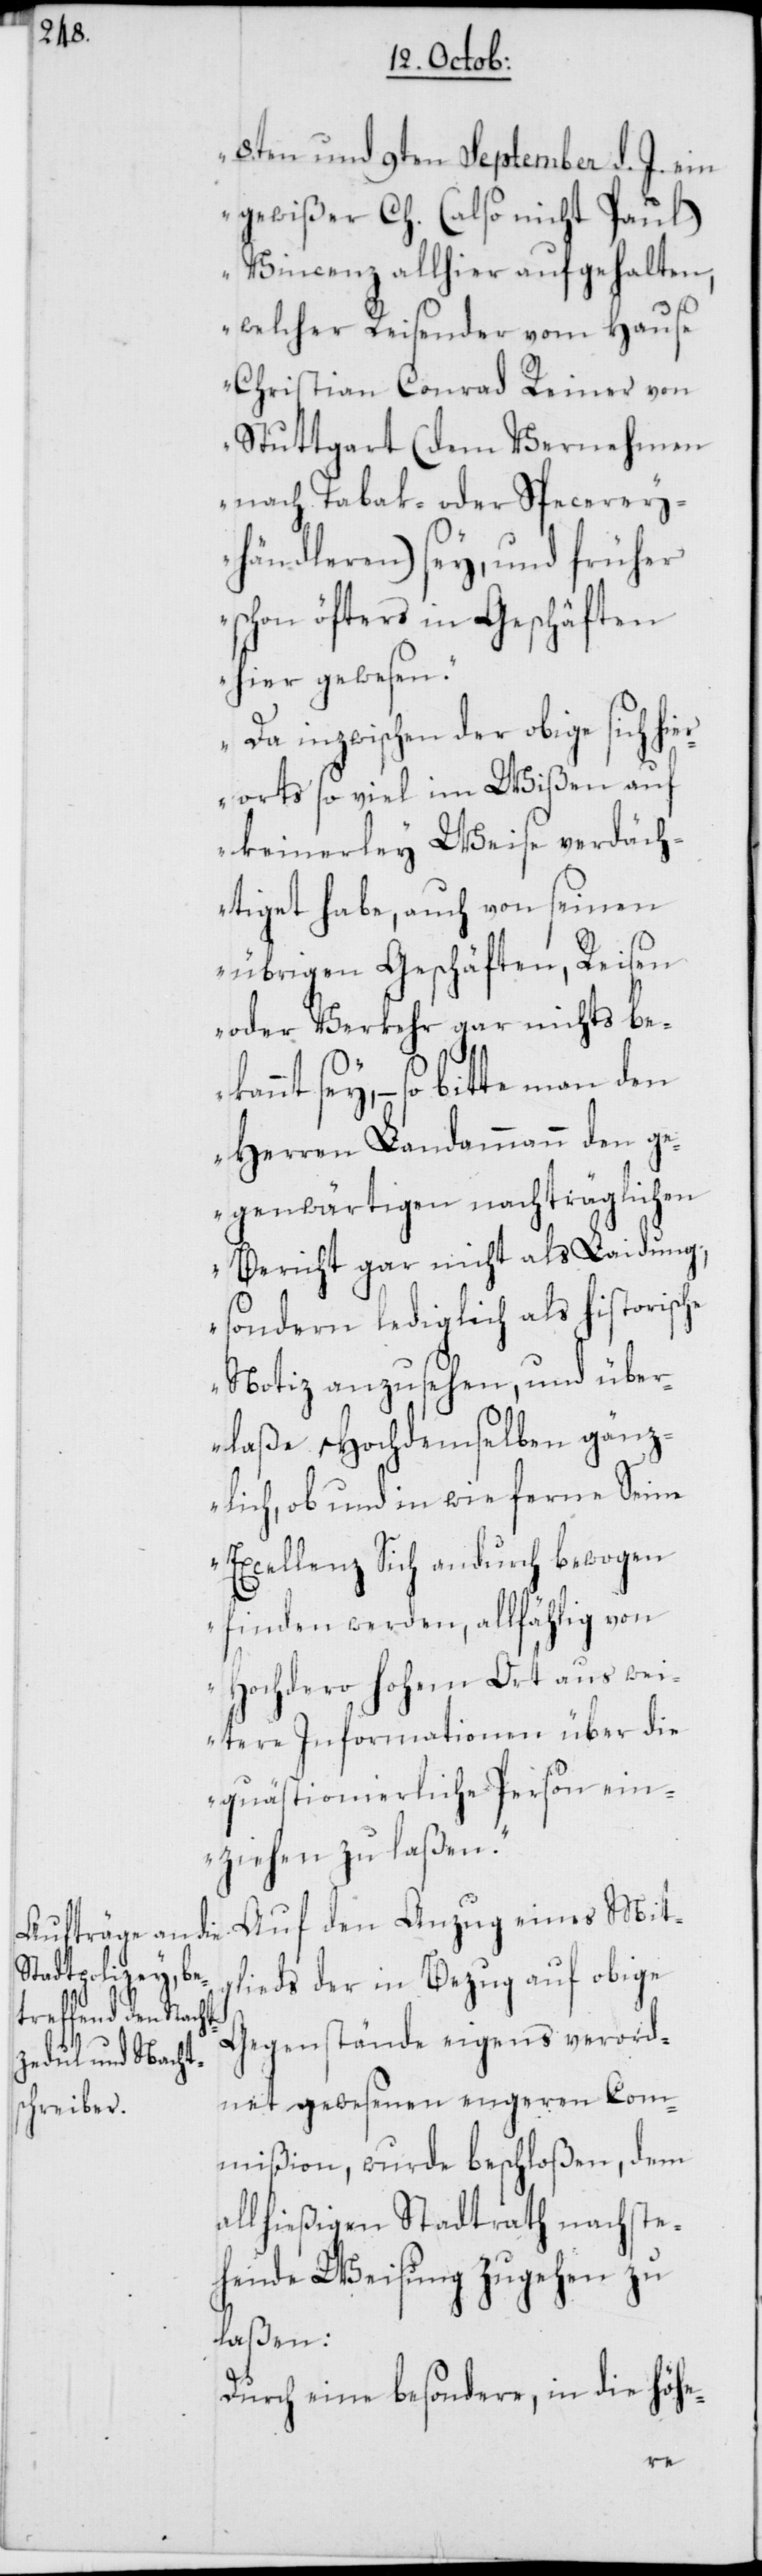
8ten und 9ten September d. J. ein
gewißer Ch. (also nicht Paul)
Vincenz allhier aufgehalten,
welcher Reisender vom Hause
Christian Conrad Reiner von
Stuttgart (dem Vernehmen
nach Tabak- oder Specerey¬
händleren) sey, und früher
schon öfters in Geschäften
hier gewesen.
Da inzwischen der obige, sich h¬
rorts so viel im Wißen auf
keinerley Weise verdäch¬
tiget habe, auch von seinen
übrigen Geschäften, Reisen
oder Verkehr gar nichts bek¬
annt sey, – so bitte man
Herren Landammann den g¬
egenwärtigen nachträglichen
Bericht gar nicht als Laidung,
sondern lediglich als historische
Notiz anzusehen, und übe¬
rlaße Hochdemselben gänz¬
lich, ob und in wie ferne Seine
Excellenz Sich andurch bewogen
finden werden, allfählig von
Hochdero hohem Ort aus wei¬
tere Informationen über die
quästionierliche Person ein¬
ziehen zu laßen.“
Auf den Anzug eines Mit¬
glieds der in Bezug auf obige
Gegenstände eigens verord¬
net gewesenen engeren Com¬
mißion, wurde beschloßen, dem
allhießigen Stadtrath nachste¬
hende Weisung zugehen zu
laßen:
Durch eine besondere, in die höhe-
ie¬